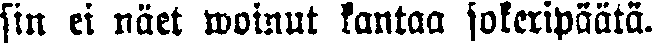
sin ei näet woinut kantaa sokeripääta.